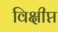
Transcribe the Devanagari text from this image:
विक्षीप्त